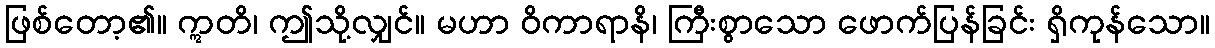
ဖြစ်တော့၏။ ဣတိ၊ ဤသို့လျှင်။ မဟာ ဝိကာရာနိ၊ ကြီးစွာသော ဖောက်ပြန်ခြင်း ရှိကုန်သော။